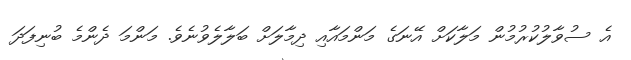
އެ ސުވާލުކުރުމުން މަލާކަށް އޭނަގެ މަންމައާއި ދިމާލަށް ބަލާލެވުނެވެ. މަންމަ ދެންމެ ބުނިފަދަ